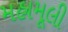
મહામૂલી